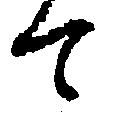
て